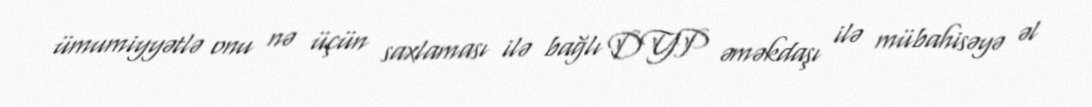
ümumiyyətlə onu nə üçün saxlaması ilə bağlı DYP əməkdaşı ilə mübahisəyə əl